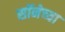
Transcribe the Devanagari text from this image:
सॉनेच्या